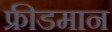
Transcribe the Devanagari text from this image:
फ्रीडमान